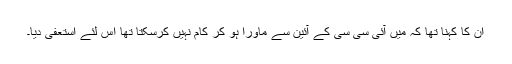
ان کا کہنا تھا کہ میں آئی سی سی کے آئین سے ماورا ہو کر کام نہیں کرسکتا تھا اس لئے استعفیٰ دیا۔